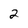
Character: 2